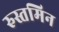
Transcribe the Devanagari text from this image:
रुस्तमिन